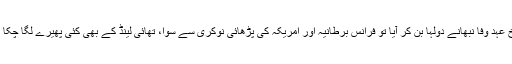
فرخ عہد وفا نبھانے دولہا بن کر آیا تو فرانس برطانیہ اور امریکہ کی پڑھائی نوکری سے سوا، تھائی لینڈ کے بھی کئی پھیرے لگا چکا تھا۔